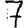
Digit: 7